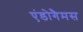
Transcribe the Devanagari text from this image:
एंडोगैमस